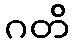
ဂတိ